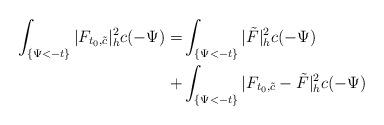
LaTeX: \begin{align*}\int_{ \{ \Psi<-t\}}|F_{t_0,\tilde{c}}|^2_hc(-\Psi)=&\int_{ \{ \Psi<-t\}}|\tilde{F}|^2_hc(-\Psi)\\+&\int_{ \{ \Psi<-t\}}|F_{t_0,\tilde{c}}-\tilde{F}|^2_hc(-\Psi)\end{align*}